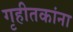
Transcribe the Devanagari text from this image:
गृहीतकांना